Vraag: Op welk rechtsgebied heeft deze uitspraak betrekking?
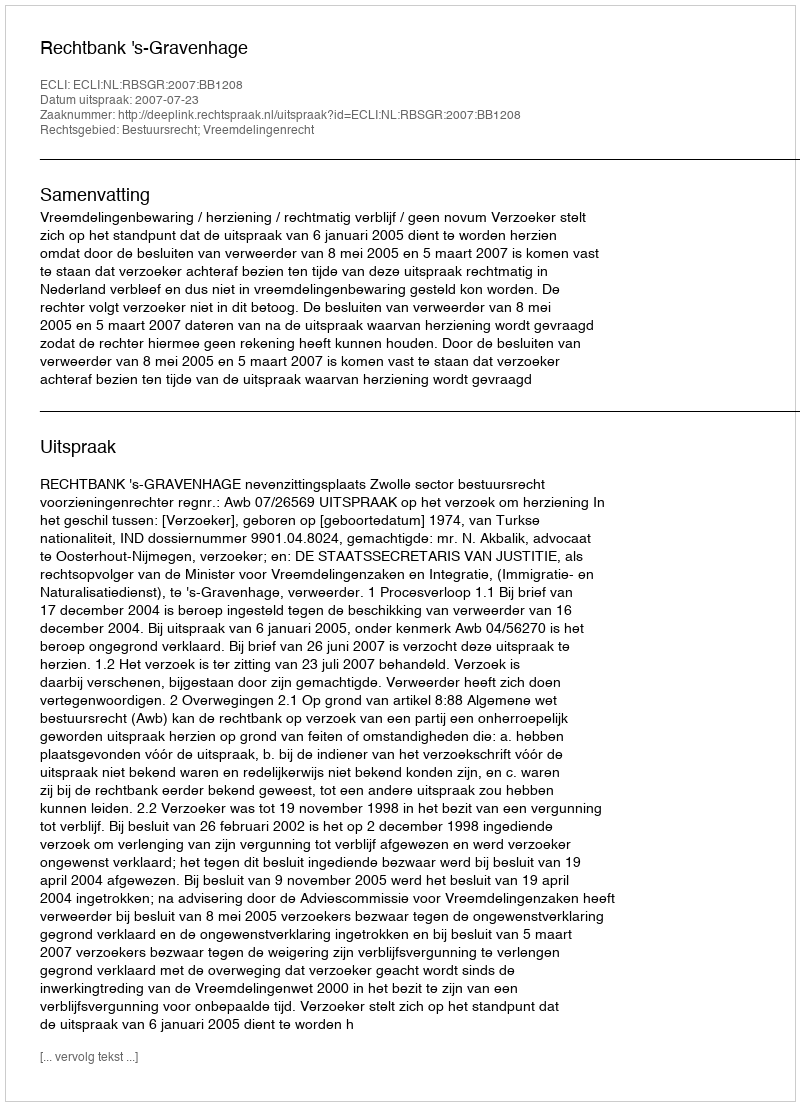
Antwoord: Bestuursrecht; Vreemdelingenrecht